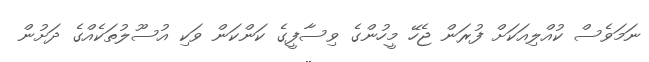
ނަމަވެސް ކުއްލިއަކަށް ފުރަން ޖެހޭ މީހުންގެ ވިސާފީގެ ކަންކަން ވަކި އުސޫލުތަކެއްގެ ދަށުން